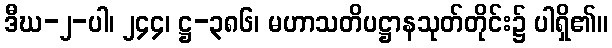
ဒီဃ-၂-ပါ၊ ၂၄၄၊ ဋ္ဌ-၃၈၆၊ မဟာသတိပဋ္ဌာနသုတ်တိုင်း၌ ပါရှိ၏။